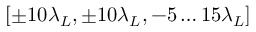
[ \pm 1 0 \lambda _ { L } , \pm 1 0 \lambda _ { L } , - 5 \ldots 1 5 \lambda _ { L } ]